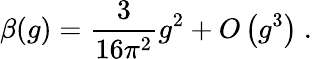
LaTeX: \beta(g)={\frac{3}{16\pi^{2}}}g^{2}+O\left(g^{3}\right)~.